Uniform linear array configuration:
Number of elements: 32
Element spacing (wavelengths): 0.5
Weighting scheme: cosine
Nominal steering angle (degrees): -15
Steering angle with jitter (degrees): -15.245
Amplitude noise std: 0.05
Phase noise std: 0.05

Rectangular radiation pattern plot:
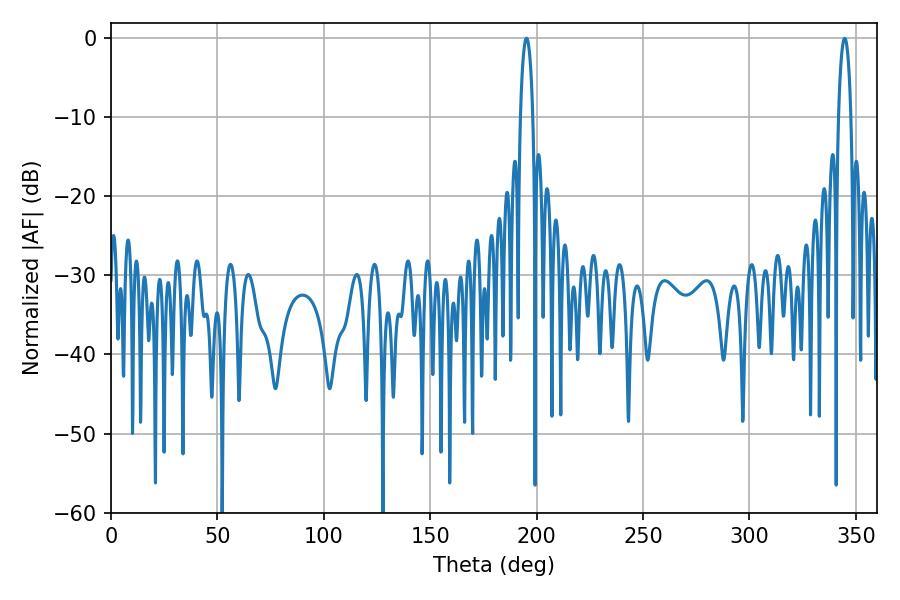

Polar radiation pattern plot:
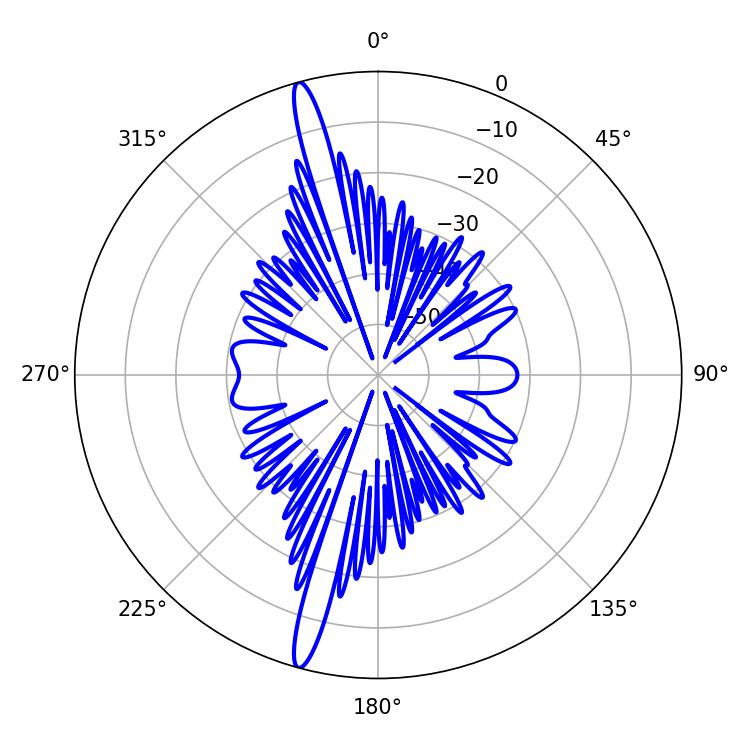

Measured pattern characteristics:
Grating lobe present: FALSE
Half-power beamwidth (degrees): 3.24
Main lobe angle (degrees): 344.7